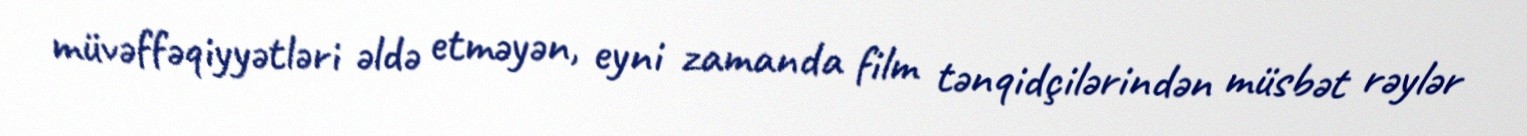
müvəffəqiyyətləri əldə etməyən, eyni zamanda film tənqidçilərindən müsbət rəylər